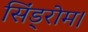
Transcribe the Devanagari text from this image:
सिंड्रोम।